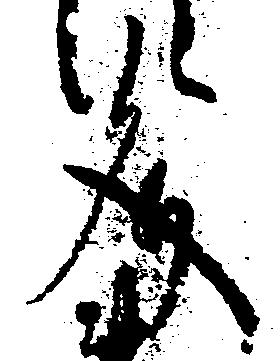
文